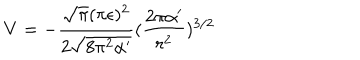
V = - \frac { \sqrt { \pi } ( \pi \epsilon ) ^ { 2 } } { 2 \sqrt { 8 \pi ^ { 2 } \alpha ^ { \prime } } } ( \frac { 2 \pi \alpha ^ { \prime } } { r ^ { 2 } } ) ^ { 3 / 2 }